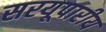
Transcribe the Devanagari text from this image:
सरयूपारीय